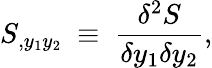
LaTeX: S_{,y_{1}y_{2}}~\equiv~{\frac{\delta^{2}S}{\delta y_{1}\delta y_{2}}},